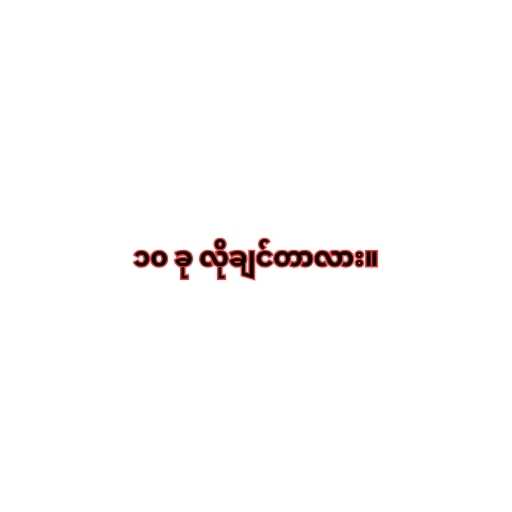
၁၀ ခု လိုချင်တာလား။